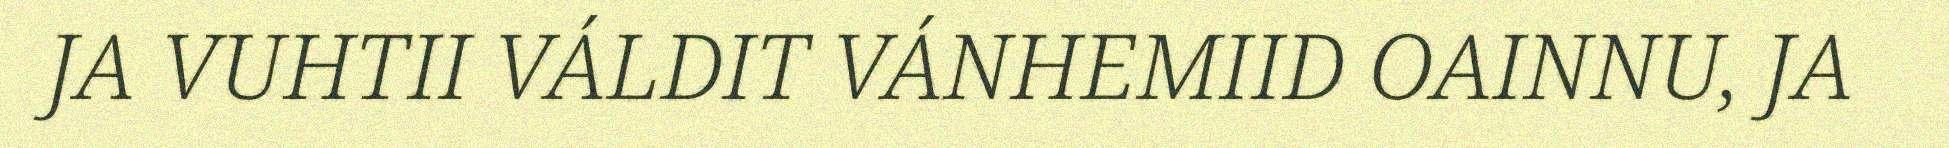
JA VUHTII VÁLDIT VÁNHEMIID OAINNU, JA